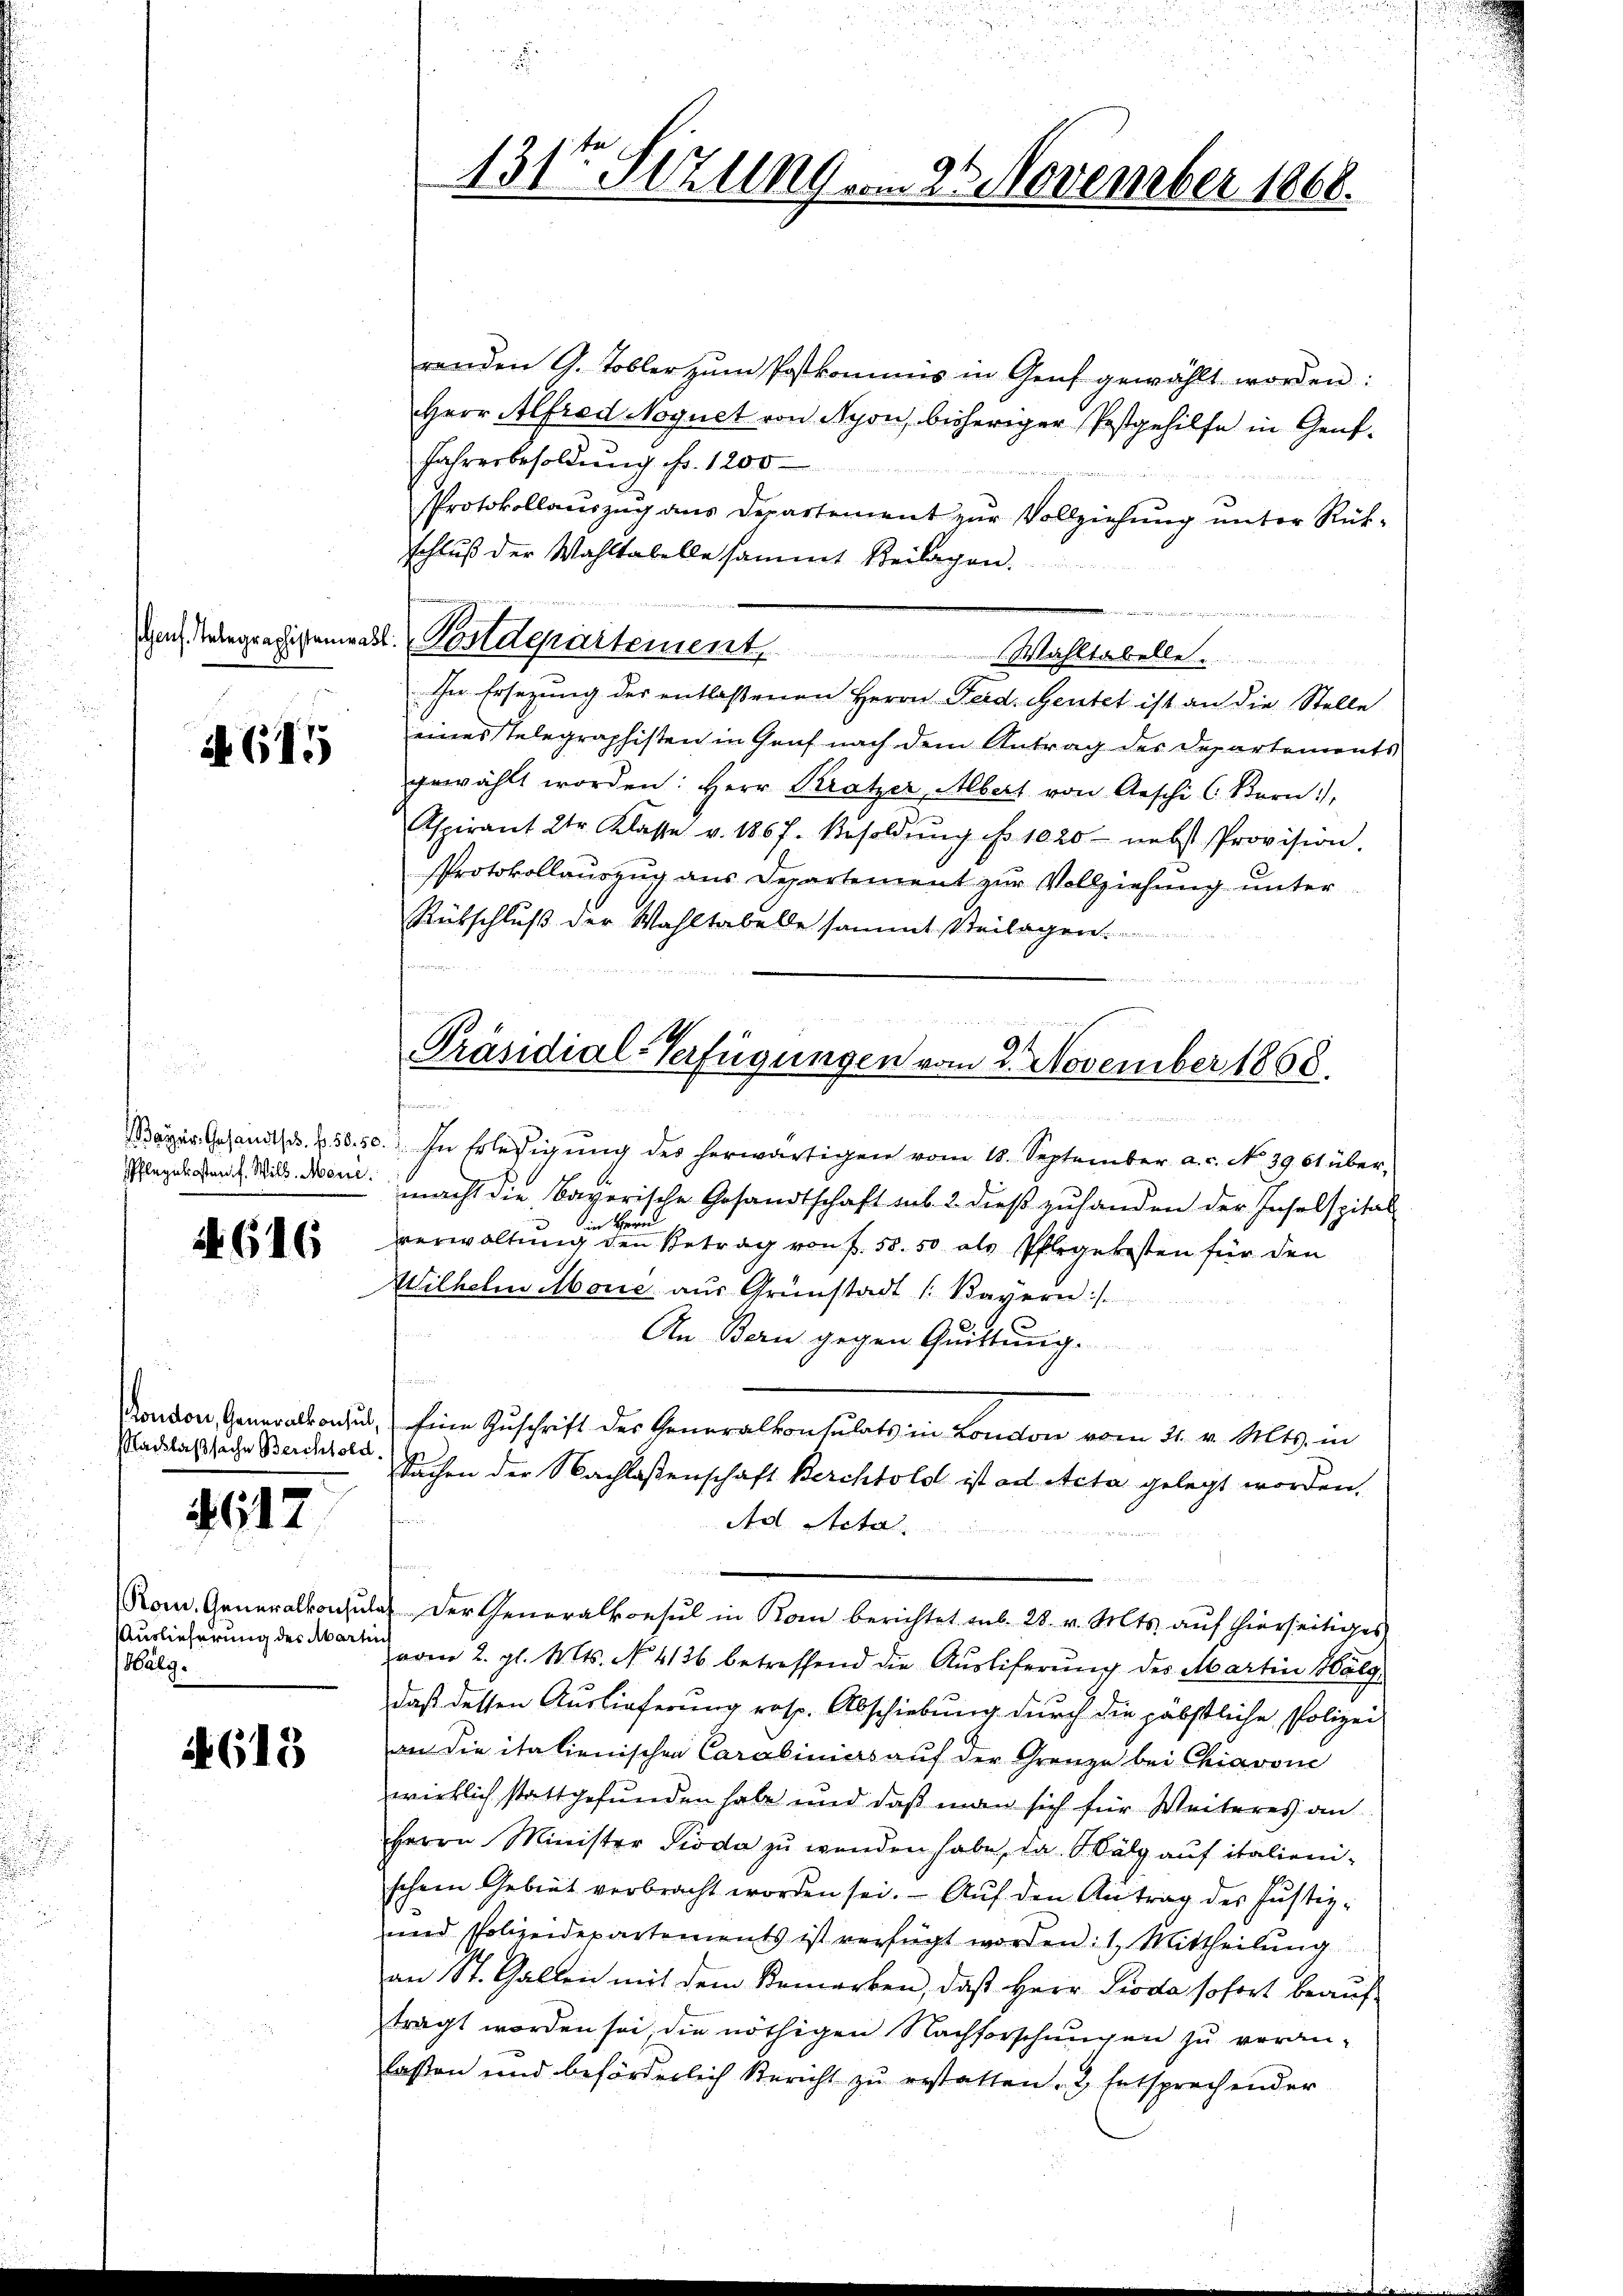
shens. Telegraphistenwas

615

Bayer. Gesandtsch. f. 58. 50
Pflegekosten f. Will Mone.

4616

Kondon, Generalkonsul
Nachlaßsache Berchtold

617

Rom. Generalkonsu
Auslieferung des Mart
Halg.

it 618

131ten Sitzung vom 26 November 1868.

renden G. Tobler zum Postkommis in Genf gewählt worden:
Herr Alfred Noguet von Nyon, bisheriger Postgehilfe in Genf¬
Jahresbesoldung fr. 1200
Protokollauszug aus Departement zur Vollziehung unter Rükschluß der Wahltabelle sammt Beilagen.
2. Postdepartement Wahltabelle.
In Ersezung der entlaßenen Herrn Ferd. Heutet ist an die Stelle
eines Telegraphisten in Graf nach dem Antrag des Departements
gewählt worden: Herr Kratzer, Albert von Aeschi C. Bern,
Aspirant 2tr Klasse v. 1867. Besoldŭng No 1020 nebst Provision.
Protokollauszug aus Departement zur Vollziehung unter
Rütschluß der Wahltabelle sammt Steilagen.
i

In Erledigung des herwärtigen vom 18. September a.c. No. 39. 61 übermacht die bayerische Gesandtschaft sub. 2. dieß zuhanden der Inselspital
in Herrn
verwaltung den Betrag von f. 58. 50 als Pflegekosten für den
Wilhelmitbone aus Grünstadt (Bayern :/
An Bern gegen Quittung.
Eine Zuschrift des Generalkonsulats in London vom 31. v. Mts. in
Sachen der Nachlassenschaft Berchtold ist ad Acta gelegt worden.
d
Ad Acta
a Der Generalkonsul in Kom berichtet sub 28. v. Mts. auf hierseitiges
vom 2. gl. Mts. No. 4136 betreffend die Aŭsliferŭng des Martin Malg
daß dessen Auslieferung resp. Abschiebung durch die päbstliche Polizei
an die italienischen Caroliniers auf der Grenze bei Chiavone
wirklich stattgefunden habe und daß man sich für Weiteres an
Herrn Minister Pioda zu wenden habe, da Salz auf italienischem Gebiet verbracht worden sei. Aŭf den Antrag des Justiz-
und Polizeidepartements ist verfügt worden: 1. Mittheilŭng
an St. Gallen mit dem Bemerken, daß Herr Pioda sofort beauftragt worden sei die nöthigen Nachforschungen zu veran-
lassen und beförderlich Bericht zŭ erstatten. 2, Entsprechender

Präsidial-Verfügungen vom 2. November 1858.
f
s